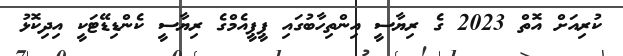
ކުރިއަަށް އޮތް 2023 ގެ ރިޔާސީ އިންތިހާބުގައި ޕީޕީއެމްގެ ރިޔާސީ ކެންޑިޑޭޓަކީ އިދިކޮޅު